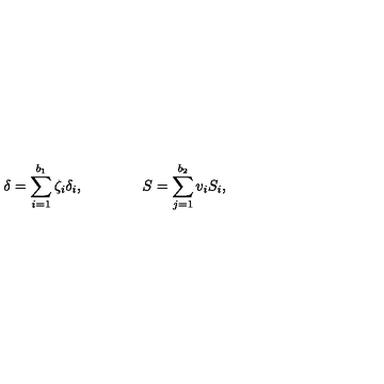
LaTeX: \delta = \sum _ { i = 1 } ^ { b _ { 1 } } \zeta _ { i } \delta _ { i } , \qquad \qquad S = \sum _ { j = 1 } ^ { b _ { 2 } } v _ { i } S _ { i } ,